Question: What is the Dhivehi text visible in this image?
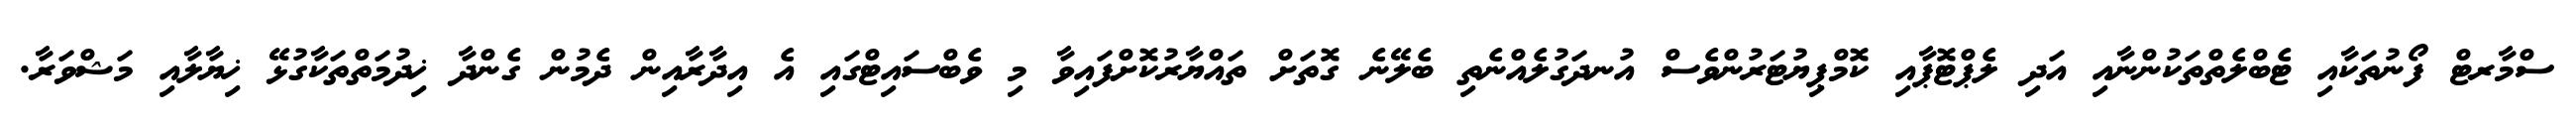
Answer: ސްމާރޓް ފޯނުތަކާއި ޓެބްލެތްތަކުންނާއި އަދި ލެޕްޓޮޕާއި ކޮމްޕިޔުޓަރުންވެސް އުނދަގުލެއްނެތި ބެލޭނެ ގޮތަށް ތައްޔާރުކޮށްފައިވާ މި ވެބްސައިޓްގައި އެ އިދާރާއިން ދެމުން ގެންދާ ޚިދުމަތްތަކާގުޅޭ ޚިޔާލާއި މަޝްވަރާ.